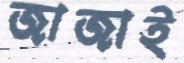
জাজাই